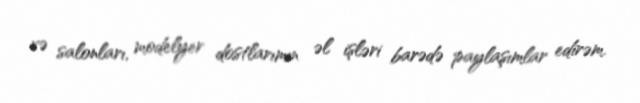
və salonları, modelyer dostlarımın əl işləri barədə paylaşımlar edirəm.